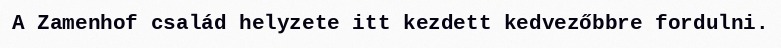
A Zamenhof család helyzete itt kezdett kedvezőbbre fordulni.